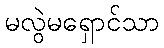
မလွဲမရှောင်သာ